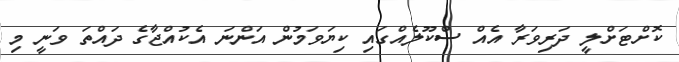
ކޮށްޓަށްލީ ދަރިވަރާ އެއް ސްކޫލެއްގައި ކިޔަވަމުން އަންނަ އެކުއްޖާގެ ދައްތަ ވަނީ މި